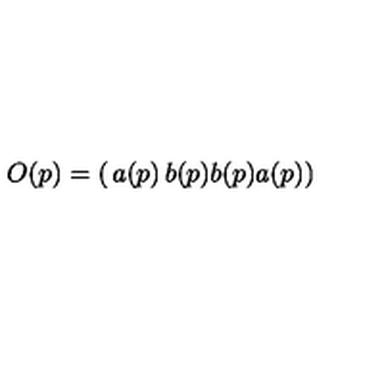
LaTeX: O ( p ) = \left( \begin{matrix} { a ( p ) } & { b ( p ) } \\ { b ( p ) } & { a ( p ) } \\ \end{matrix} \right)